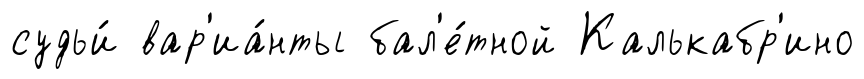
судьи́ вар'иа́нты бал'е́тной Калькабр'ино